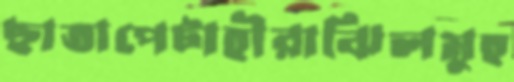
ছাতাপেটাহীরাঝিলমুহ